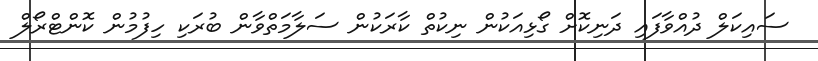
ސައިކަލް ދުއްވާފައި ދަނިކޮށް ގޯޅިއަކުން ނިކުތް ކާރަކުން ސަލާމަތްވާން ބުރަކި ހިފުމުން ކޮންޓްރޯލް